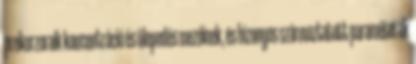
prekurzoraik koncentráció és ülepedés mezőinek, és bizonyos származtatott paraméterek